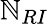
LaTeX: \mathbb{N}_{RI}